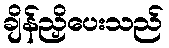
ချိန်ညှိပေးသည်